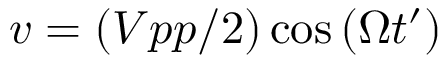
v = \left( V p p / 2 \right) \cos { \left( \Omega t ^ { \prime } \right) }